Annual report on the working of the Harcourt Butler Institute of Public Health, Rangoon
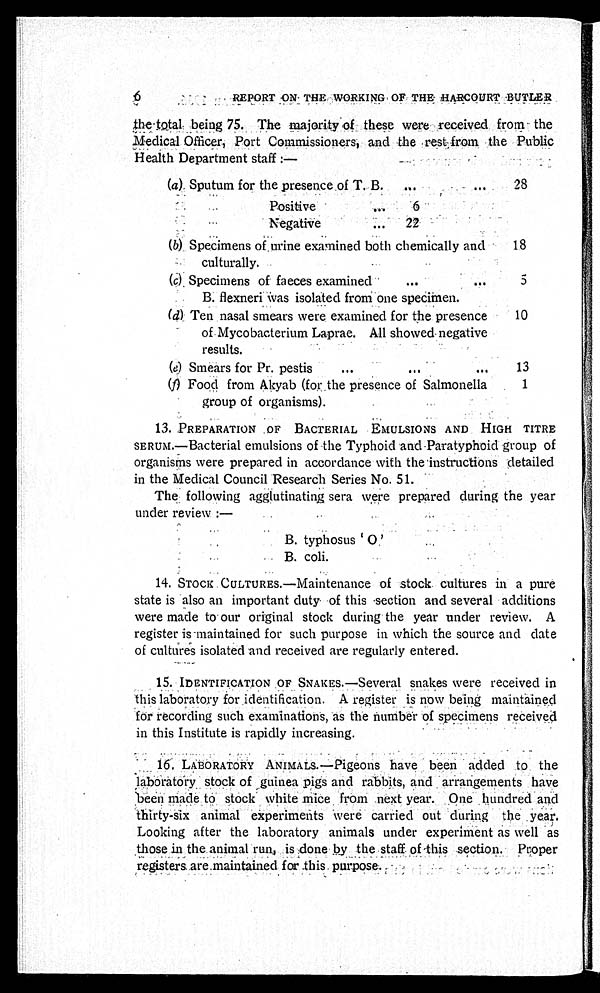
REPORT ON THE WORKING OF THE
HARCOURT BUTLER
the total being 75. The majority of these were received from the
Medical Officer, Port Commissioners, and the rest from the Public
Health Department staff :—
(a) Sputum for the presence of T. B. . . .
28
Positive . . .
6
Negative . . .
22
( b) Specimens of urine examined both chemically and
culturally.
18
(c) Specimens of faeces examined
B. flexneri was isolated from one specimen. . . .
5
( d ) Ten nasal smears were examined for the presence
of Mycobacterium Laprae. All showed negative
results.
10
(e) Smears for Pr. pestis . . .
13
( f ) Food from Akyab (for the presence of Salmonella
group of organisms).
1
SERUM.—Bacterial emulsions of the Typhoid and Paratyphoid group of
organisms were prepared in accordance with the instructions detailed
in the Medical Council Research Series No. 51.
The following agglutinating sera were prepared during the year
under review :—
B. typhosus 'O'
B. coli.
14. STOCK CULTURES.—Maintenance of stock cultures in a pure
state is also an important duty of this section and several additions
were made to our original stock during the year under review. A
register is maintained for such purpose in which the source and date
of cultures isolated and received are regularly entered.
15. IDENTIFICATION OF SNAKES.—Several snakes were received in
this laboratory for identification. A register is now being maintained
for recording such examinations, as the number of specimens received
in this Institute is rapidly increasing.
16. LABORATORY ANIMALS.—Pigeons have been added to the
laboratory stock of guinea pigs and rabbits, and arrangements have
been made to stock white mice from next year. One hundred and
thirty-six animal experiments were carried out during the year.
Looking after the laboratory animals under experiment as well as
those in the animal run, is done by the staff of this section. Proper
registers are maintained for this purpose.